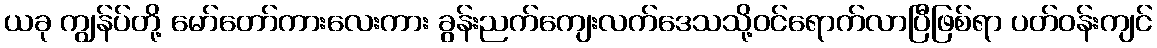
ယခု ကျွန်ပ်တို့ မော်တော်ကားလေးကား ခွန်းညက်ကျေးလက်ဒေသသို့ဝင်ရောက်လာပြီဖြစ်ရာ ပတ်ဝန်းကျင်